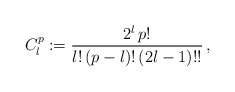
\begin{align*}C_l^p := { 2^l \, p! \over l! \, (p-l)! \, (2l-1)!! } \,,\end{align*}